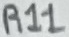
Text: R11